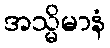
အသ္မိမာနံ